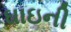
ઘાઇની